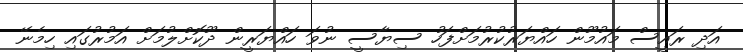
އަދި ރައީސް މައުމޫން ހައްޔަރުކުރުމަށްފަހު ސިޔާސީ ނުވަ ހައްޔަރީން ދޫކޮށްލުމަށް އަމުރުގައި ހިމެނޭ